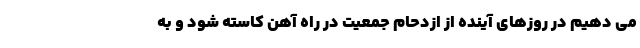
می دهیم در روزهای آینده از ازدحام جمعیت در راه آهن کاسته شود و به